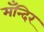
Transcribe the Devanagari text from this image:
मँन्दिर